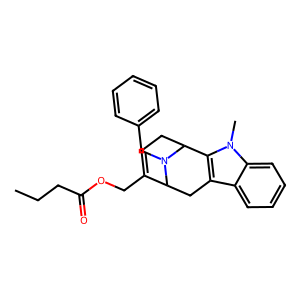
SMILES: CCCC(=O)OCC1=CCC2c3c(c4ccccc4n3C)CC1N2Cc1ccccc1
Inhibits HIV replication: No